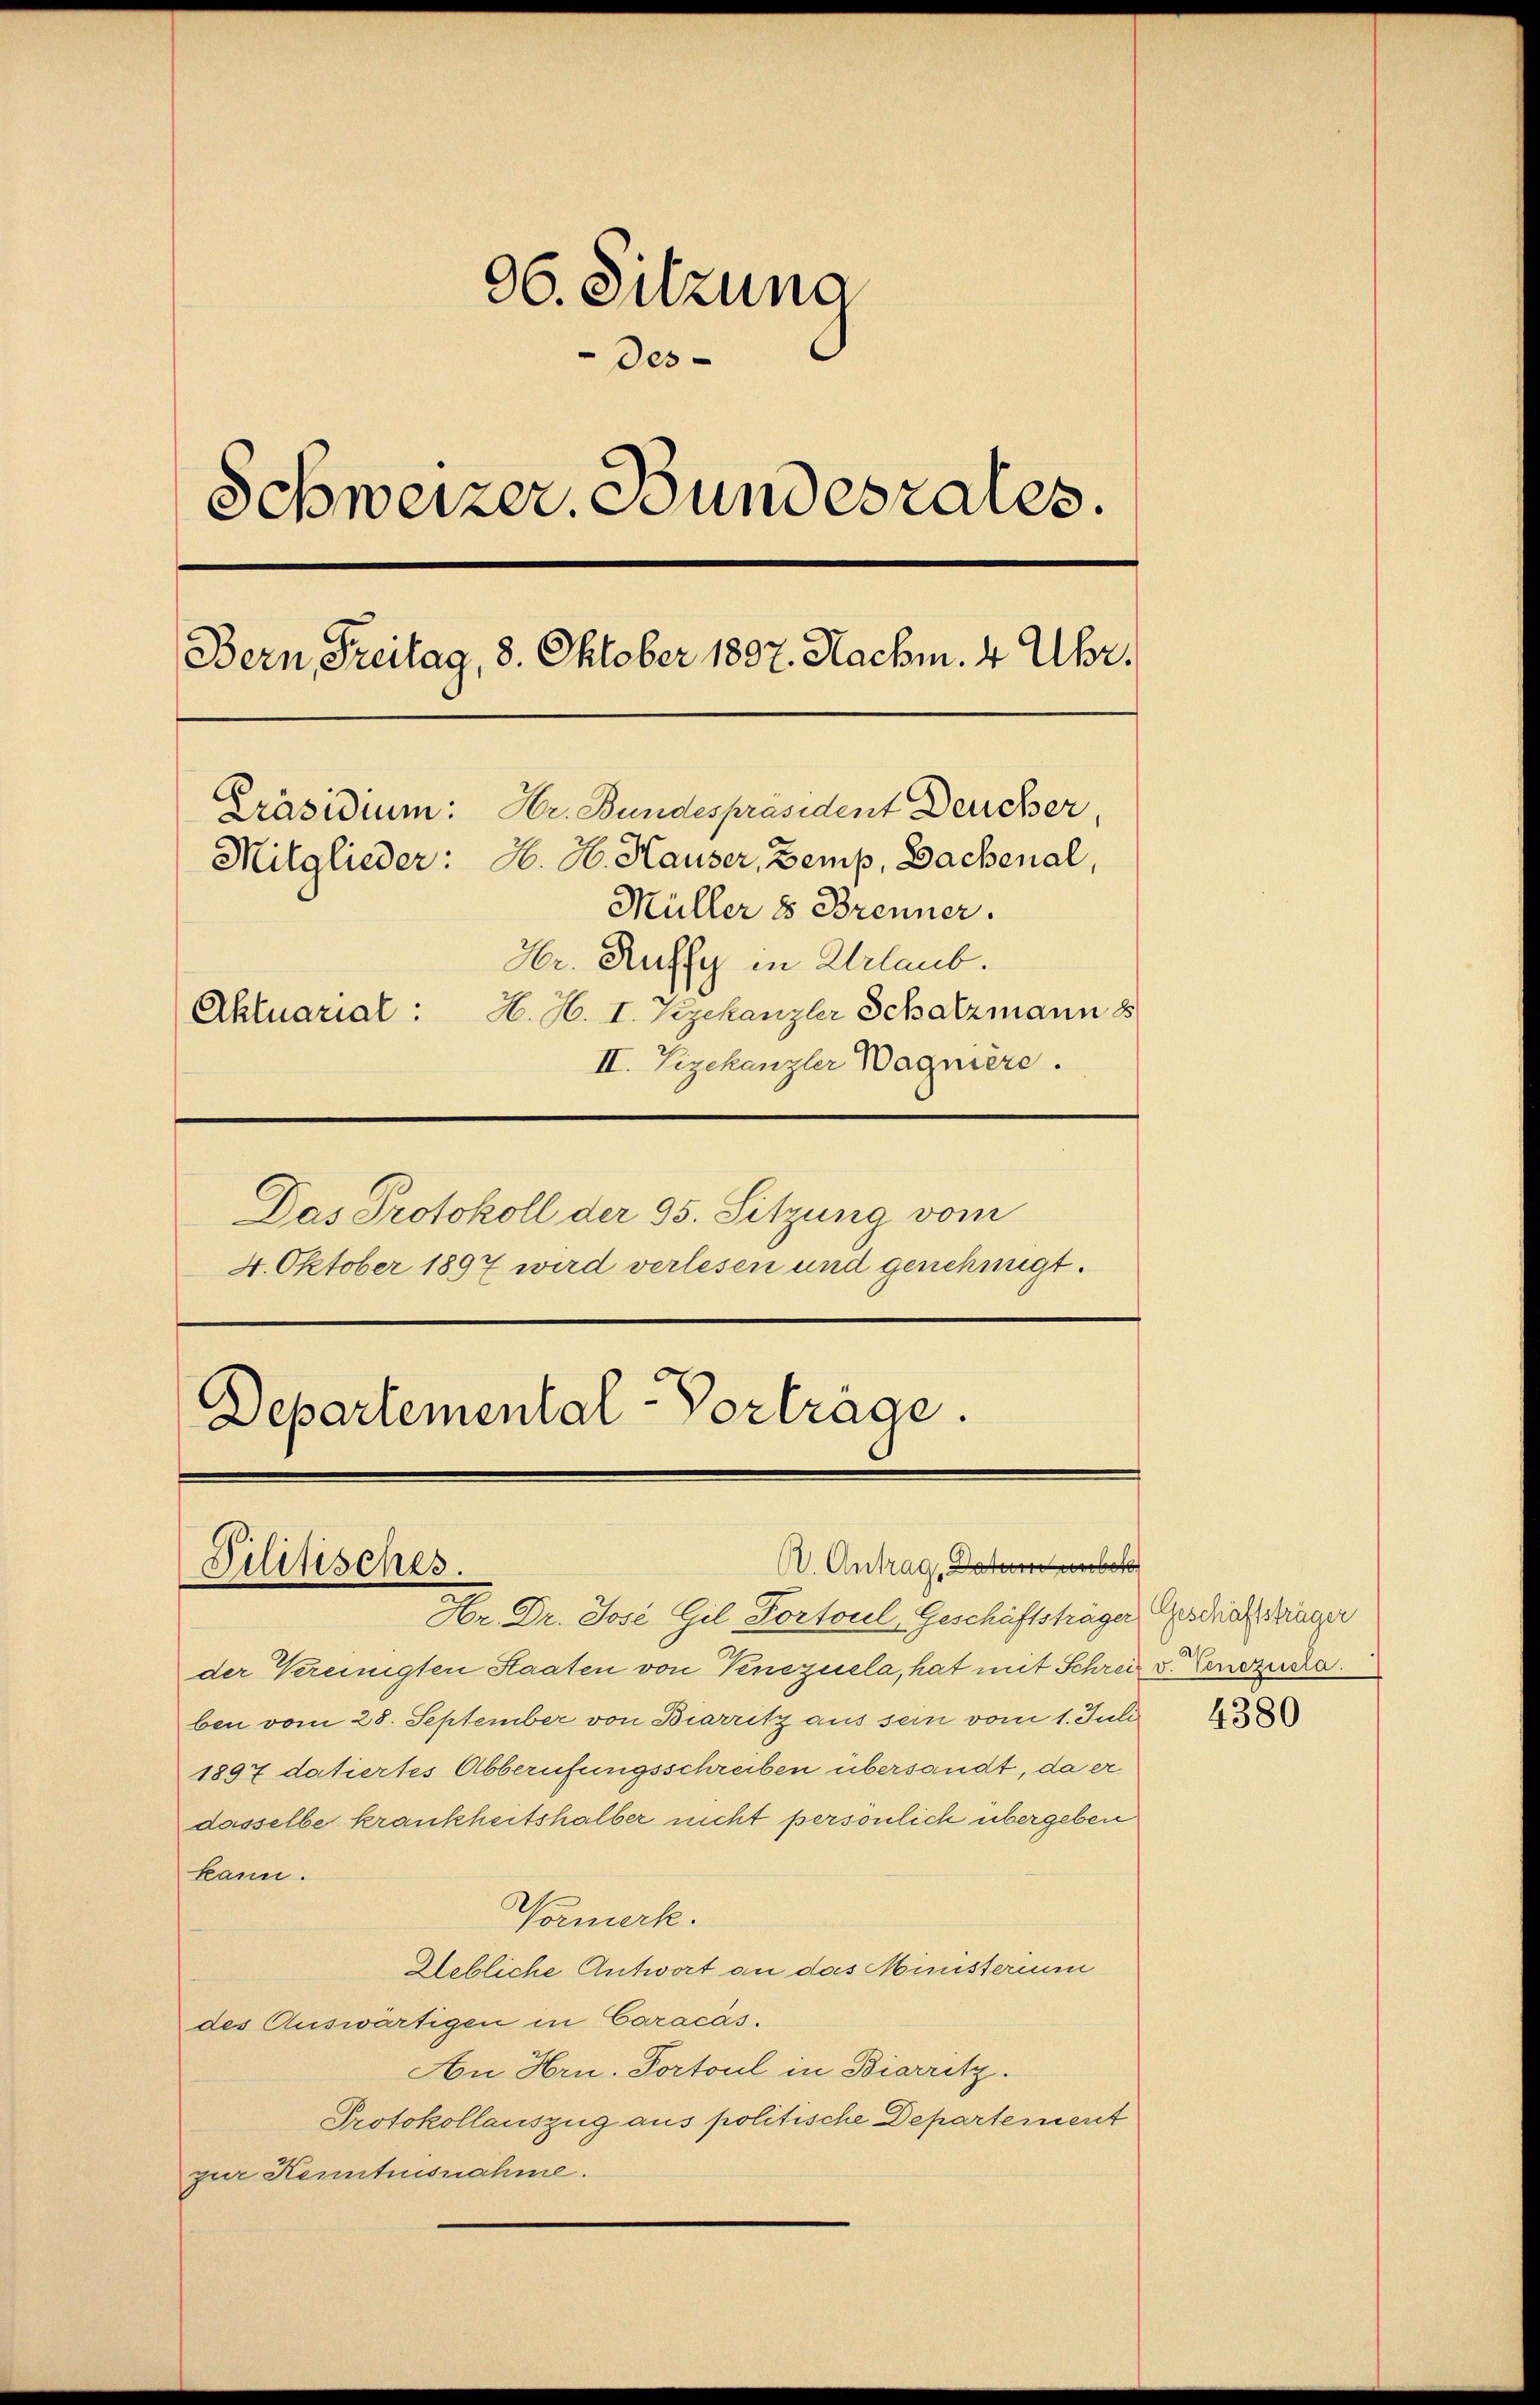
96. Sitzung
Des-
Schweizer. Bundesrates.
Bern, Freitag, 8. Oktober 1807. Nachm. 4 Uhr.
Präsidium: Hr. Bundespräsident Deucher,
Mitglieder: H. H. Hauser, Zemp, Dachenal,
Müller 8 Brenner.
Hr. Ruffy in Urlaub.
Aktuarial : H. H. I. Szekanzler Schatzmann d
II. Vizekanzler Wagnière.

Das Protokoll der 95. Sitzung vom
4. Oktober 1897 wird verlesen und genehmigt.

Departemental-Vorträge.
A. Antrag, Datum unbe
Pilitisches.

Hr. Dr. Jose Gil Portoul, Geschäftsträger Geschrich Kräger
der Vereinigten Staaten von Venezuela, hat mit Schrei v. Einzuda.
ben vom 28. September von Biarritz aus sein vom 1. Juli
1897 datiertes Abberufungsschreiben übersandt, da er
dasselbe krankheitshalber nicht persönlich übergeben
kann.
Normerk.
Lebliche Antwort an das Ministerium
des Auswärtigen in Caracás.
An Hrn. Portoul in Biarritz.
Protokollauszug aus politische Departement
zur Kenntnisnahme.

4380